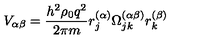
V _ { \alpha \beta } = \frac { h ^ { 2 } \rho _ { 0 } q ^ { 2 } } { 2 \pi m } r _ { j } ^ { ( \alpha ) } \Omega _ { j k } ^ { ( \alpha \beta ) } r _ { k } ^ { ( \beta ) }